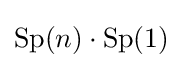
\operatorname {Sp} (n)\cdot \operatorname {Sp} (1)